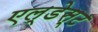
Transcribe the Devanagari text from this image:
एल्डेस्ट